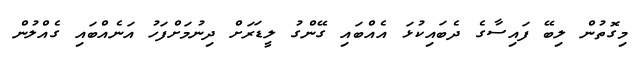
މިގޮތުން ލިބޭ ފައިސާގެ ދެބައިކުޅަ އެއްބައި ގޭންގު ލީޑަރަށް ދިނުމަށްފަހު އަނެއްބައި ގެއްލުން